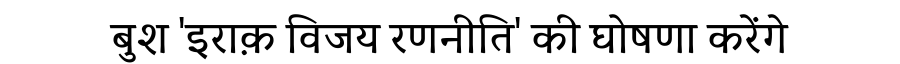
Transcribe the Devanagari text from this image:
बुश 'इराक़ विजय रणनीति' की घोषणा करेंगे